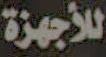
للأجهزة